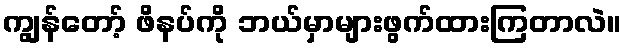
ကျွန်တော့် ဖိနပ်ကို ဘယ်မှာများဖွက်ထားကြတာလဲ။